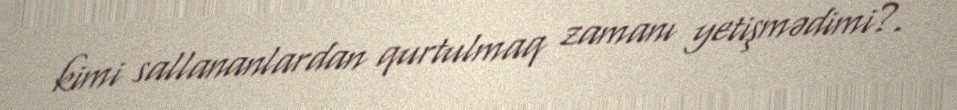
kimi sallananlardan qurtulmaq zamanı yetişmədimi?.